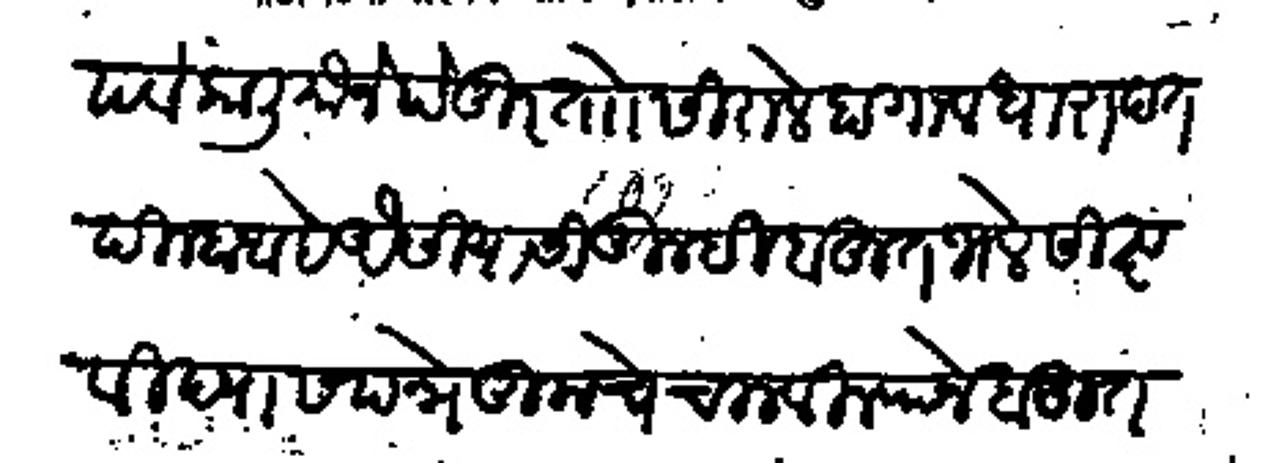
Transliteration (Devanagari): पर्वकाली मौजे पेदूर तो सिराले हा गाव धारापत दिल्हा आहे अैसियासी तुम्ही बहुत भले सिष्ट विद्यासपन्ने तुमचे चालविल्याने बहुत